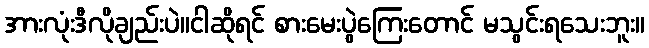
အားလုံးဒီလိုချည်းပဲ။ငါဆိုရင် စားမေးပွဲကြေးတောင် မသွင်းရသေးဘူး။